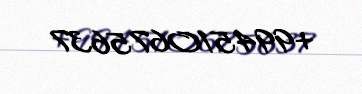
+994510675637